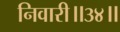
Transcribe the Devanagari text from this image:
निवारी॥३४॥